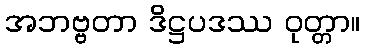
အဘဗ္ဗတာ ဒိဋ္ဌပဒဿ ဝုတ္တာ။